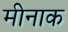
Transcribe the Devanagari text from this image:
मीनाक